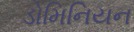
ડોમિનિયન